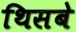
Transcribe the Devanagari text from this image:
थिसबे